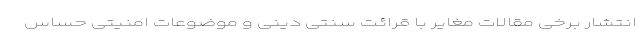
انتشار برخی مقالات مغایر با قرائت سنتی دینی و موضوعات امنیتی حساس